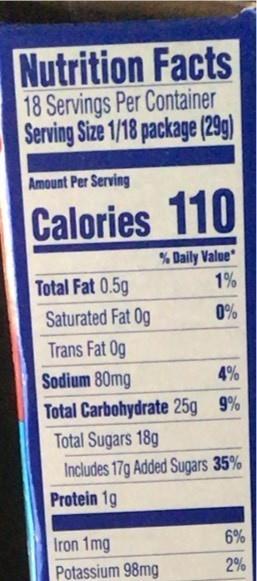
Nutrition Facts 18 Servings Per Container Serving Size 1/18 package (29g)
Amount Per Serving
Calories 110
% Daily Value* 1%
Total Fat 0.5g
Saturated Fat Og
0%
Trans Fat 0g
Sodium 80mg
4%
Total Carbohydrate 25g 9% Total Sugars 18g
Includes 17g Added Sugars 35%
Protein 1g
Iron 1mg
6%
Potassium 98mg
2%